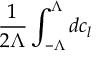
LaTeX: \frac { 1 } { 2 \Lambda } \int _ { - \Lambda } ^ { \Lambda } d c _ { l }